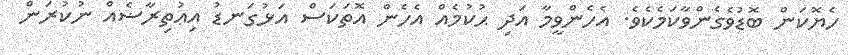
ހެޔޮކަން ބޮޑުވެގެންވާކަމެކެވެ. އެހެންވީމާ އަދި ޙުކުމެއް އެހެން އޮތަކަސް އަޅުގަނޑު އިޢުތިރާޟެއް ނުކުރަން